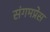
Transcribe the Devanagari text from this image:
संगमप्रेस